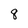
Character: 8